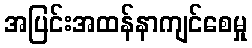
အပြင်းအထန်နာကျင်စေမှု